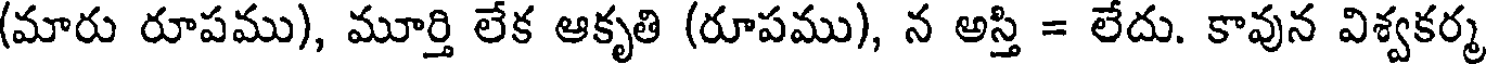
(మారు రూపము), మూర్తి లేక ఆకృతి (రూపము), న అస్తి = లేదు. కావున విశ్వకర్మ